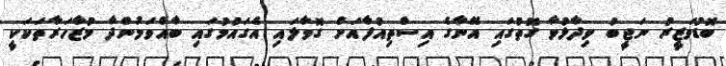
ބޮޑުވަޒީރު ނަޖީބު ވިދާޅުވާ ގޮތުގައި އޭނާގެ އިސްތިއުފާއަށް ގޮވާލައި އެގައުމުގައި ބާއްވަމުންދާ މުޒާހަރާތަކަކީ